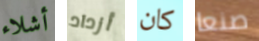
أشلاء أزداد كان صنعا